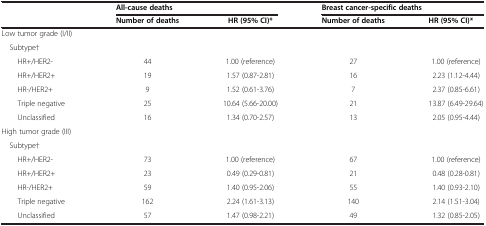
<table><thead><tr><td rowspan="2"><b> </b></td><td colspan="2"><b>All-cause deaths</b></td><td colspan="2"><b>Breast cancer-specific deaths</b></td></tr><tr><td><b>Number of deaths</b></td><td><b>HR (95% CI)*</b></td><td><b>Number of deaths</b></td><td><b>HR (95% CI)*</b></td></tr></thead><tbody><tr><td>Low tumor grade (I/II)</td><td> </td><td> </td><td> </td><td> </td></tr><tr><td> Subtype†</td><td> </td><td> </td><td> </td><td> </td></tr><tr><td>HR+/HER2-</td><td>44</td><td>1.00 (reference)</td><td>27</td><td>1.00 (reference)</td></tr><tr><td>HR+/HER2+</td><td>19</td><td>1.57 (0.87-2.81)</td><td>16</td><td>2.23 (1.12-4.44)</td></tr><tr><td>HR-/HER2+</td><td>9</td><td>1.52 (0.61-3.76)</td><td>7</td><td>2.37 (0.85-6.61)</td></tr><tr><td>Triple negative</td><td>25</td><td>10.64 (5.66-20.00)</td><td>21</td><td>13.87 (6.49-29.64)</td></tr><tr><td>Unclassified</td><td>16</td><td>1.34 (0.70-2.57)</td><td>13</td><td>2.05 (0.95-4.44)</td></tr><tr><td>High tumor grade (III)</td><td> </td><td> </td><td> </td><td> </td></tr><tr><td> Subtype†</td><td> </td><td> </td><td> </td><td> </td></tr><tr><td>HR+/HER2-</td><td>73</td><td>1.00 (reference)</td><td>67</td><td>1.00 (reference)</td></tr><tr><td>HR+/HER2+</td><td>23</td><td>0.49 (0.29-0.81)</td><td>21</td><td>0.48 (0.28-0.81)</td></tr><tr><td>HR-/HER2+</td><td>59</td><td>1.40 (0.95-2.06)</td><td>55</td><td>1.40 (0.93-2.10)</td></tr><tr><td>Triple negative</td><td>162</td><td>2.24 (1.61-3.13)</td><td>140</td><td>2.14 (1.51-3.04)</td></tr><tr><td>Unclassified</td><td>57</td><td>1.47 (0.98-2.21)</td><td>49</td><td>1.32 (0.85-2.05)</td></tr></tbody></table>